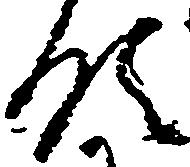
領